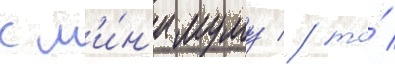
к м'и́н'имуму / то́